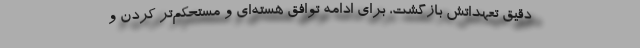
دقیق تعهداتش بازگشت، برای ادامه توافق هسته‌ای و مستحکم‌تر کردن و